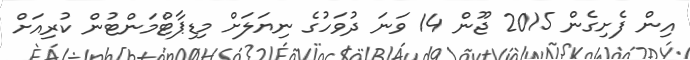
އިން ފެށިގެން 2015 ޖޫން 14 ވަނަ ދުވަހުގެ ނިޔަލަށް މިޑިޕާޓްމަންޓުން ކުރިއަށް